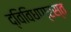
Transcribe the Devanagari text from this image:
द्विविधाग्रस्त